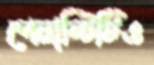
পেনাল্টিটিও